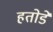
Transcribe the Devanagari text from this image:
हतोडे